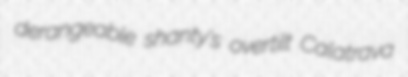
derangeable shanty's overtilt Calatrava